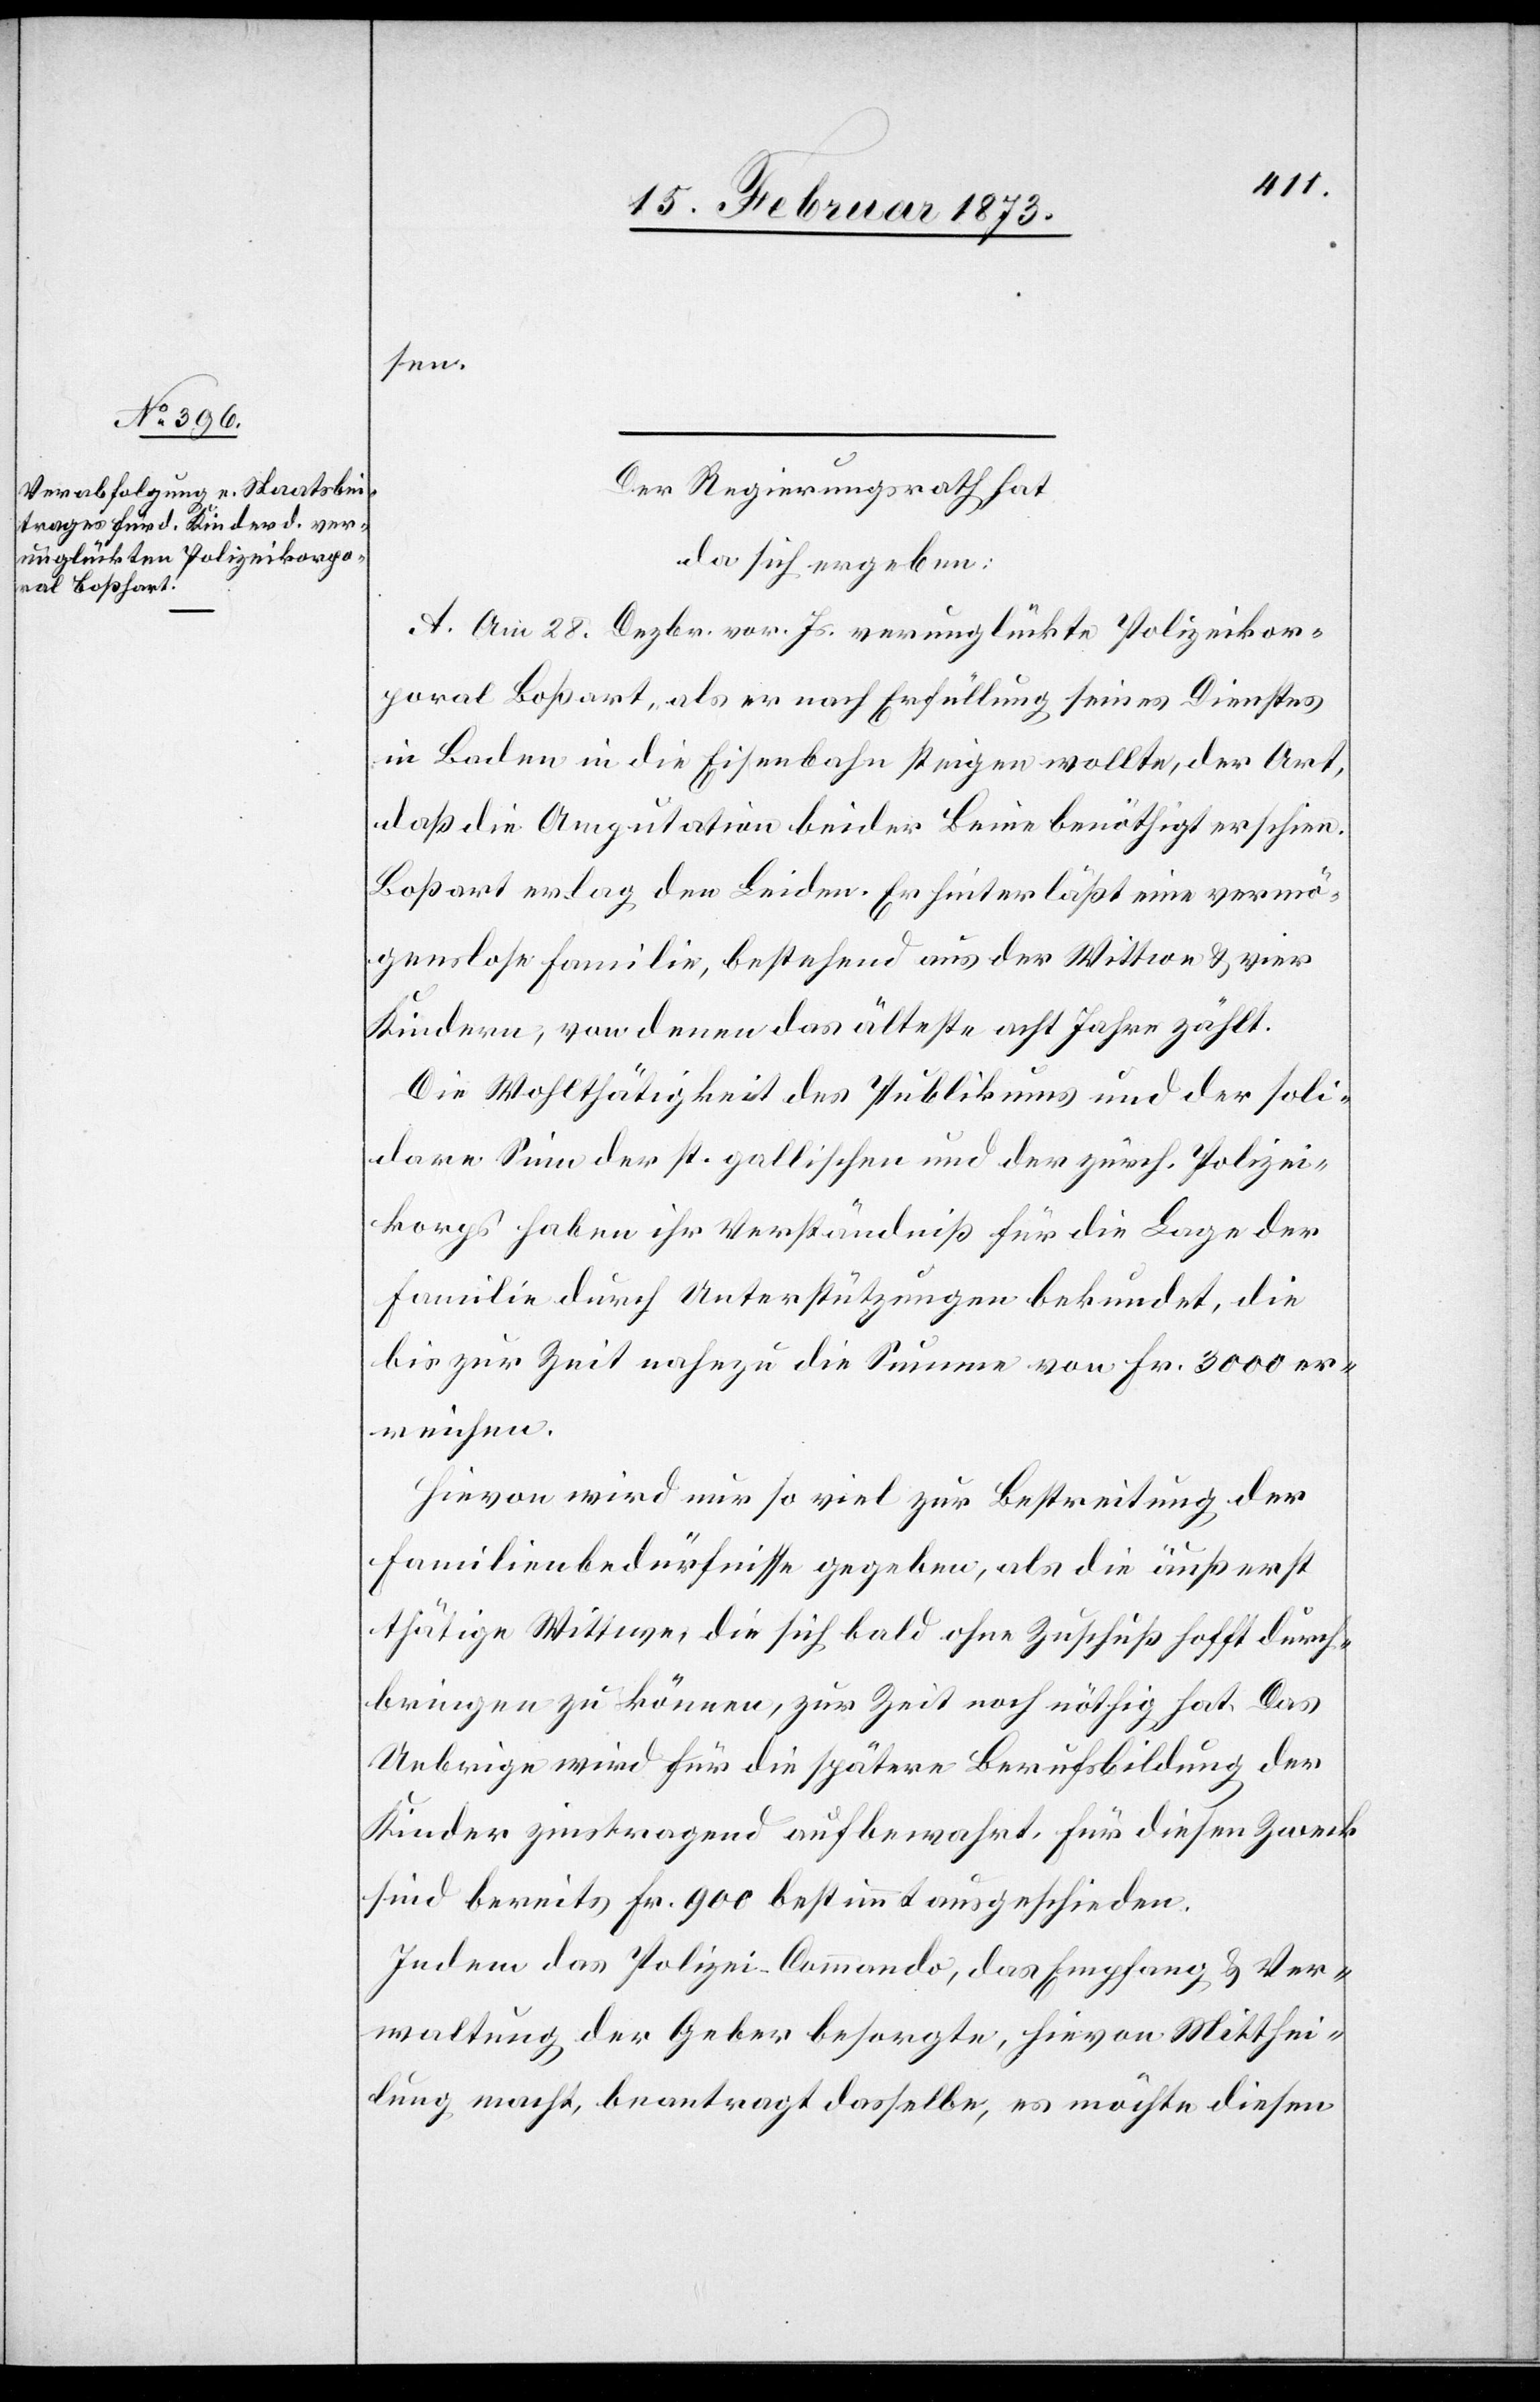
sen.
Der Regierungsrath hat
da sich ergeben:
A. Am 28. Dezbr. vor. Js. verunglückte Polizeikor¬
poral Boßart [sic!], als er nach Erfüllung seines Dienstes
in Baden in die Eisenbahn steigen wollte, der Art,
daß die Amputation beider Beine benöthigt erschien.
Boßart erlag den Leiden. Er hinterläßt eine vermö¬
genslose Familie, bestehend aus der Wittwe u. vier
Kindern, von denen das älteste acht Jahre zählt.
Die Wohlthätigkeit des Publikums und der soli¬
dare Sinn der st. gallischen und der zürch. Polizei¬
korps haben ihr Verständniß für die Lage der
Familie durch Unterstützungen bekundet, die
bis zur Zeit nahezu die Summe von Fr. 3000 er¬
reichen.
Hievon wird nur so viel zur Bestreitung der
Familienbedürfnisse gegeben, als die äußerst
thätige Wittwe, die sich bald ohne Zuschuß hofft durch¬
bringen zu können, zur Zeit noch nöthig hat. Das
Uebrige wird für die spätere Berufsbildung der
Kinder zinstragend aufbewahrt, für diesen Zweck
sind bereits Fr. 900 bestimmt ausgeschieden.
Indem das Polizei-Commando, das Empfang u. Ver¬
waltung der Geber besorgte, hievon Mitthei¬
lung macht, beantragt dasselbe, es möchte diesen